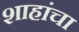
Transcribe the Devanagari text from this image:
शाहांचा